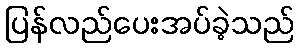
ပြန်လည်ပေးအပ်ခဲ့သည်